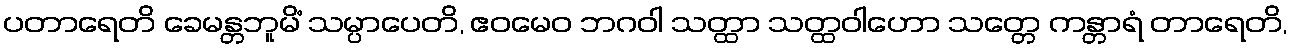
ပတာရေတိ ခေမန္တဘူမိံ သမ္ပာပေတိ, ဧဝမေဝ ဘဂဝါ သတ္ထာ သတ္ထဝါဟော သတ္တေ ကန္တာရံ တာရေတိ,